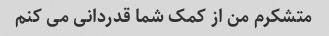
متشکرم من از کمک شما قدردانی می کنم